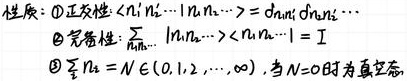
性质：
\(\textcircled{1}\) 正交性：\(\langle n_1n_2\cdots|m_1m_2\cdots\rangle = \delta_{n_1m_1}\delta_{n_2m_2}\cdots\)
\(\textcircled{2}\) 完备性：\(\sum_{n_1n_2\cdots}|n_1n_2\cdots\rangle\langle n_1n_2\cdots| = I\)
\(\textcircled{3}\) \(\sum_{i}n_i = N\in(0,1,2,\cdots,\infty)\)，当 \(N = 0\) 时为真空态。